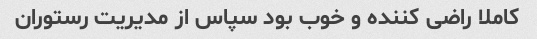
کاملا راضی کننده و خوب بود سپاس از مدیریت رستوران